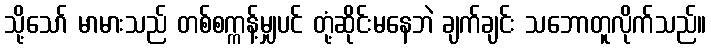
သို့သော် မာမားသည် တစ်စက္ကန့်မျှပင် တုံ့ဆိုင်းမနေဘဲ ချက်ချင်း သဘောတူလိုက်သည်။